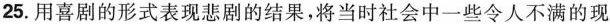
25.用喜剧的形式表现悲剧的结果，将当时社会中一些令人不满的现